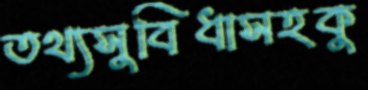
তথ্যসুবিধাসহকু